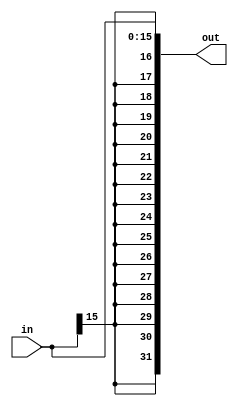
`timescale 1ns / 1ps


module SignExt(in, out);

    input  [15:0] in;
    output [31:0] out;

    assign out = {{16{in[15]}}, in[15:0]};

endmodule